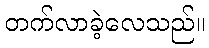
တက်လာခဲ့လေသည်။